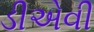
ડીએવી